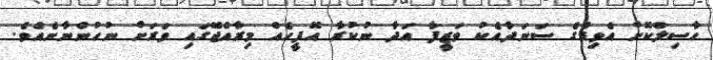
ހާސިލްކޮށް އެވިޑްގެ ސަނަދާއެކު ވަޒީފާ އަދާ ނުކުރާ އޮފީހެއް މިރާއްޖޭގައި ވަރަށް ނުހުންނާނެއެވެ.